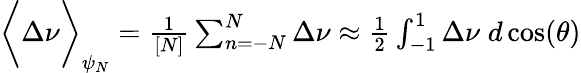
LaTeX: \begin{array}{r}{\bigg\langle\Delta\nu\bigg\rangle_{\psi_{N}}=\frac{1}{[N]}\sum_{n=-N}^{N}\Delta\nu\approx\frac{1}{2}\int_{-1}^{1}\Delta\nu\; d\cos(\theta)}\end{array}